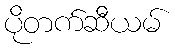
ပိုတက်ဆီယမ်